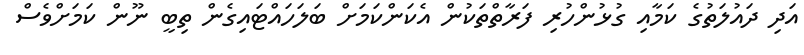
އަދި ދައުލަތުގެ ކަމާއި ގުޅުންހުރި ފަރާތްތަކުން އެކަންކަމަށް ބަލަހައްޓައިގެން ތިބީ ނޫން ކަމަށްވެސް